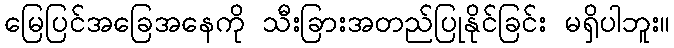
မြေပြင်အခြေအနေကို သီးခြားအတည်ပြုနိုင်ခြင်း မရှိပါဘူး။